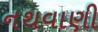
નથવાણી